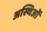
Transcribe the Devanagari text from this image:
अस्थिओं